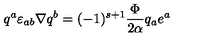
q ^ { a } \varepsilon _ { a b } \nabla q ^ { b } = ( - 1 ) ^ { s + 1 } { \frac { \Phi } { 2 \alpha } } q _ { a } e ^ { a }